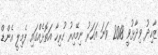
ޒާހިދު ވިދާޅުވީ 2018 ވަނަ އަހަރު ނިމޭއިރު ހުރިހާ އަތޮޅެއްގައި ފެމިލީ އެންޑް